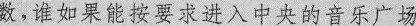
数，谁如果能按要求进入中央的音乐广场，